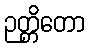
ဉတ္တိတော